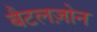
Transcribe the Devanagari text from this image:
बैटलज़ोन